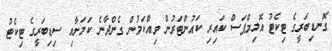
ގޮނޑިބަރީގެ ޓިކެޓު އޮލިމްޕަސް ކައިރި ކައުންޓަރުން ވިއްކަމުން ގެންދާނެ ކަމަށާއި ސިޑިބަރީގެ ޓިކެޓު